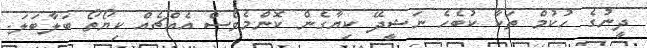
ދީނުގެ ހުކުމް ތަކާ ކުބެހެ ނަޝީދޭ ކިޔާގެން ކޮންމެވެސް އެއްޗެއް ކިޔޯތޯ ބަލާބަލަ.